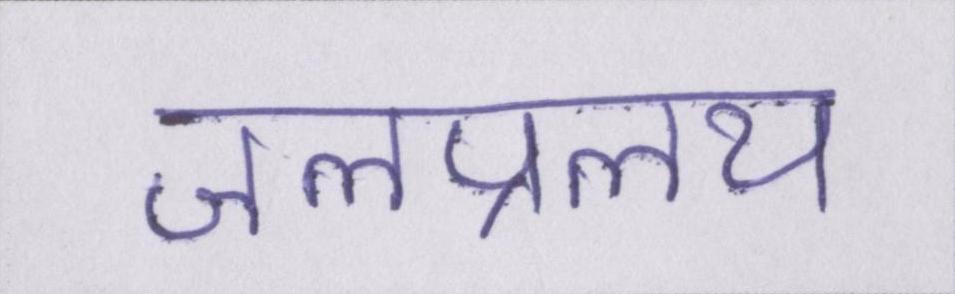
जलप्रलय